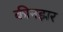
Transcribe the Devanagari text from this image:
कीनझर